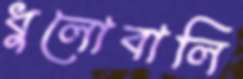
ধুলোবালি